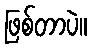
ဖြစ်တာပဲ။